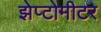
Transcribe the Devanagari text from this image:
झेप्टोमीटर